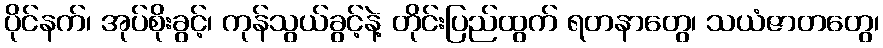
ပိုင်နက်၊ အုပ်စိုးခွင့်၊ ကုန်သွယ်ခွင့်နဲ့ တိုင်းပြည်ထွက် ရတနာတွေ၊ သယံဇာတတွေ၊